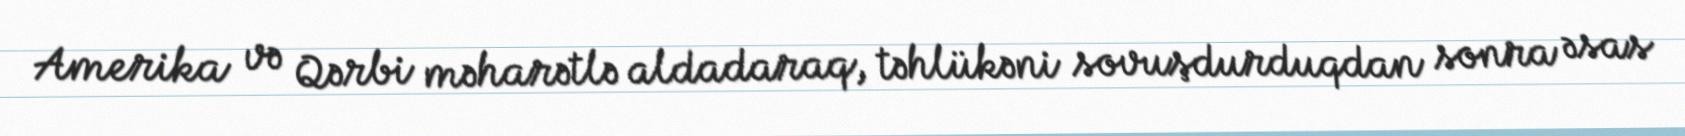
Amerika və Qərbi məharətlə aldadaraq, təhlükəni sovuşdurduqdan sonra əsas